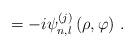
LaTeX: \begin{align*}=-i\psi _{n,l}^{\left( j\right) }\left( \rho ,\varphi \right) \,.\end{align*}